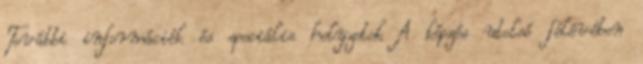
További információk és speciális helyzetek A képzés utolsó félévében